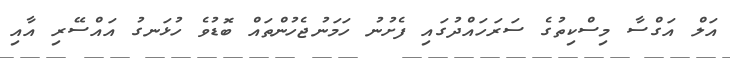
އަލް އަގްސާ މިސްކިތުގެ ސަރަހައްދުގައި ފެށުނު ހަމަނުޖެހުންތައް ބޮޑުވެ ހުޅަނގު އައްސޭރި އާއި